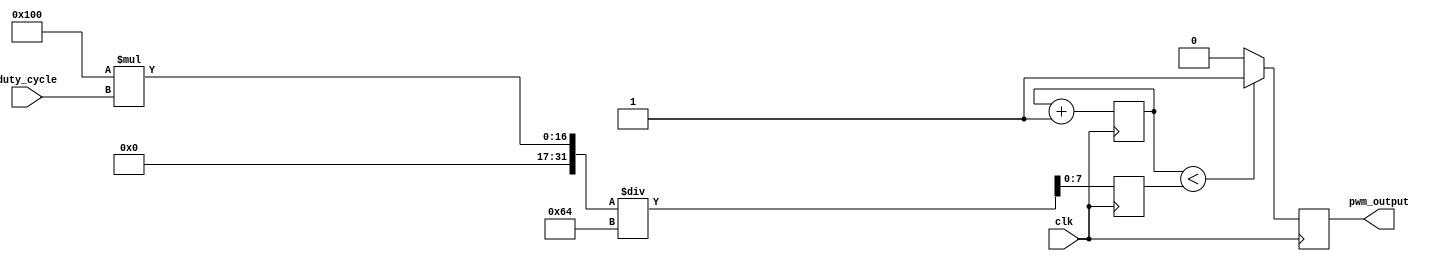
module PWM_generator(
    input wire clk,
    input wire [7:0] duty_cycle,
    output reg pwm_output
);

reg [7:0] threshold;
reg [7:0] counter;

always @ (posedge clk) begin
    counter <= counter + 1;
    
    if (counter < threshold) begin
        pwm_output <= 1;
    end else begin
        pwm_output <= 0;
    end
end

always @ (posedge clk) begin
    threshold <= (256 * duty_cycle) / 100;
end

endmodule